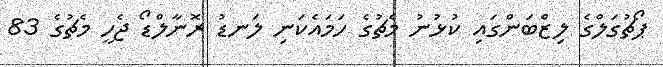
ޕޯޗުގަލްގެ ލިޒްބަންގައި ކުޅުނު މެޗުގެ ހަމައެކަނި ލަނޑު ރޮނާލްޑޯ ޖެހީ މެޗުގެ 83